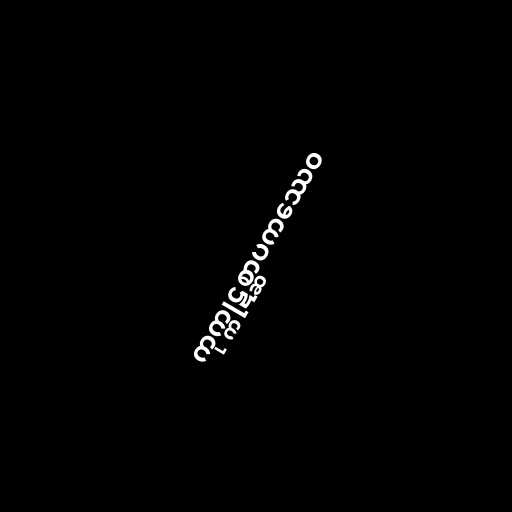
ကုက္ကုဋစ္ဆာပကဿေဝ